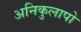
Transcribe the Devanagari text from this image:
अनिकुलापो